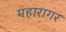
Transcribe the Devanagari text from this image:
महारागर